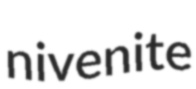
nivenite